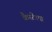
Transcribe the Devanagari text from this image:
कैस्टेल्स